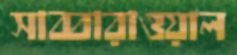
সাব্বারাওয়াল